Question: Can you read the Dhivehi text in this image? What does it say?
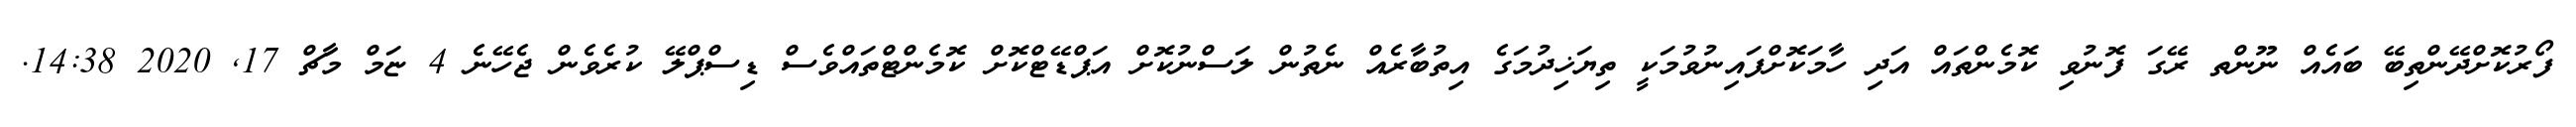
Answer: ފޯރުކޮށްދޭންތިބޭ ބައެއް ނޫންތ ރޭގަ ފޮނުވި ކޮމެންތައް އަދި ހާމަކޮށްފައިނުވުމަކީ ތިޔަޚިދުމަގެ އިތުބާރެއް ނެތުން ލަސްނުކޮށް އަޕްޑޭޓްކޮށް ކޮމެންޓްތައްވެސް ޑިސްޕްލޭ ކުރެވެން ޖެހޭނެ 4 ޏަމް މާޗް 17, 2020 14:38.